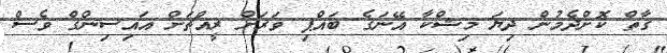
ގާތް ކޮށްދެމުން ދިޔަ މިޝްކާ އޭނަގެ ބައްޕި ވަރަށް ރީއްޗަށް އައިސިންގް ވެސް